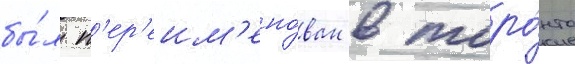
бы́л п'ер'еим'ено́ван в торо́нто